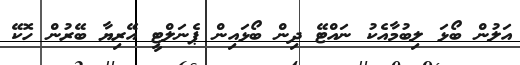
އަލުން ބޯޅަ ލިބުމާއެކު ނައްޓޭ ދިން ބޯޅައިން ޕެނަލްޓީ އޭރިޔާ ބޭރުން ހޮކޭ